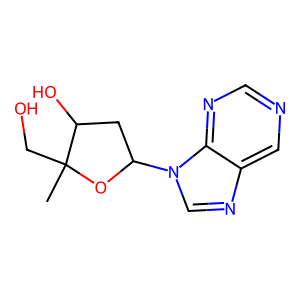
SMILES: CC1(CO)OC(n2cnc3cncnc32)CC1O
Inhibits HIV replication: Yes